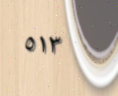
٥١٣